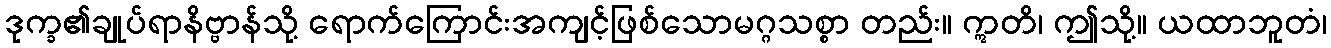
ဒုက္ခ၏ချုပ်ရာနိဗ္ဗာန်သို့ ရောက်ကြောင်းအကျင့်ဖြစ်သောမဂ္ဂသစ္စာ တည်း။ ဣတိ၊ ဤသို့။ ယထာဘူတံ၊